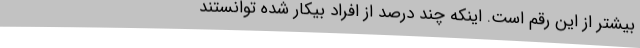
بیشتر از این رقم است. اینکه چند درصد از افرادِ بیکار شده توانستند